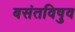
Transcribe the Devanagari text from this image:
बसंतविषुव